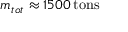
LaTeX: m _ { t o t } \approx 1 5 0 0 \, { \mathrm { t o n s } }